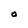
Character: O